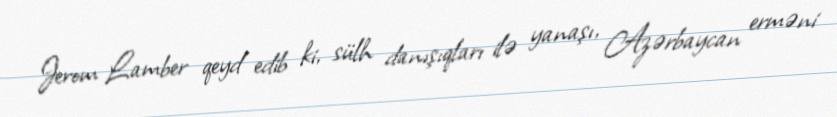
Jerom Lamber qeyd edib ki, sülh danışıqları ilə yanaşı, Azərbaycan erməni